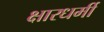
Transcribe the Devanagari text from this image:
क्षारधर्मी